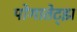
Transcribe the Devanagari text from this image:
पोगातेट्झ